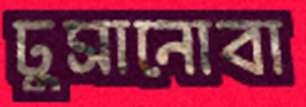
ঢুসানোবা